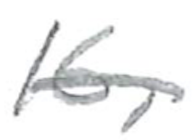
Text: 16,
Cross-out: single-line
Writing tool: pencil